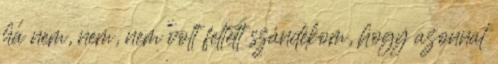
ha nem, nem, nem volt feltett szándékom, hogy azonnal